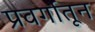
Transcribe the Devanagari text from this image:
प्रवर्गातून